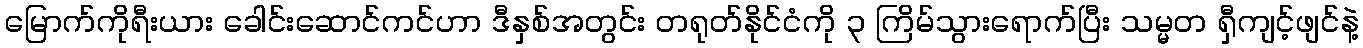
မြောက်ကိုရီးယား ခေါင်းဆောင်ကင်ဟာ ဒီနှစ်အတွင်း တရုတ်နိုင်ငံကို ၃ ကြိမ်သွားရောက်ပြီး သမ္မတ ရှီကျင့်ဖျင်နဲ့